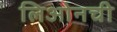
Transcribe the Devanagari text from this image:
लिओनची